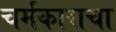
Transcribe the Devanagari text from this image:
चर्मकाराचा